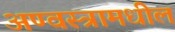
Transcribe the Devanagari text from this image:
अण्वस्त्रामधील